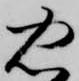
忠